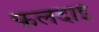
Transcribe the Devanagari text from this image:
फलदाई